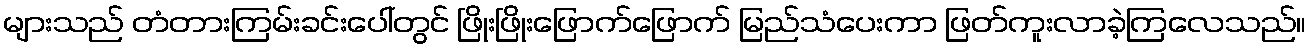
များသည် တံတားကြမ်းခင်းပေါ်တွင် ဖြိုးဖြိုးဖြောက်ဖြောက် မြည်သံပေးကာ ဖြတ်ကူးလာခဲ့ကြလေသည်။